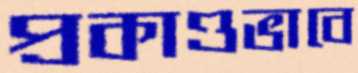
প্রকাণ্ডভাবে